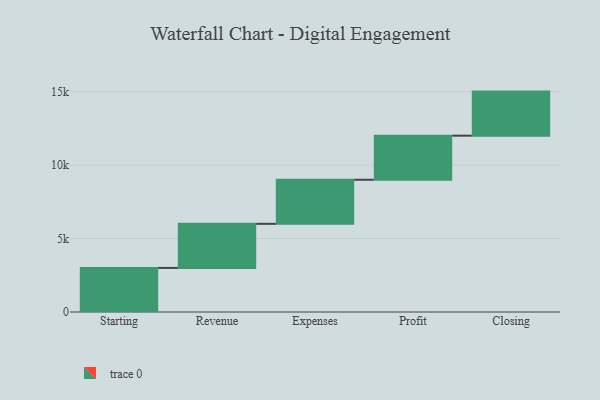
{"axis": {"x": "Step", "y": "Value"}, "legend": [""], "data": [{"x": "Starting", "y": 3000, "type": ""}, {"x": "Revenue", "y": 3000, "type": ""}, {"x": "Expenses", "y": 3000, "type": ""}, {"x": "Profit", "y": 3000, "type": ""}, {"x": "Closing", "y": 3000, "type": ""}]}